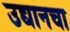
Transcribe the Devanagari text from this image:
उद्यानचा